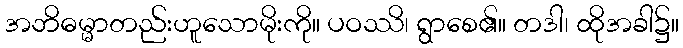
အဘိဓမ္မာတည်းဟူသောမိုးကို။ ပဝဿိ၊ ရွာစေ၏။ တဒါ၊ ထိုအခါ၌။